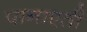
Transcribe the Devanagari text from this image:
पानाएती